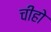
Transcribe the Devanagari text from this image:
चीहो